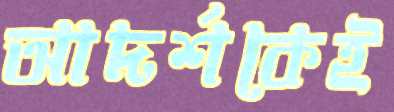
আদর্শকেই